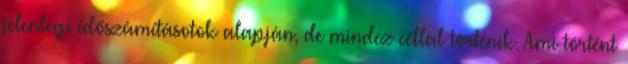
jelenlegi időszámításotok alapján, de mindez céllal történik. Ami történt